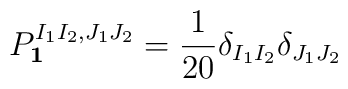
P_{{\bf{1}}}^{I_1 I_2, J_1 J_2} = \frac{1}{20} \delta_{I_1 I_2}\delta_{J_1 J_2}